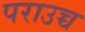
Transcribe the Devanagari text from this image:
पराउच्च